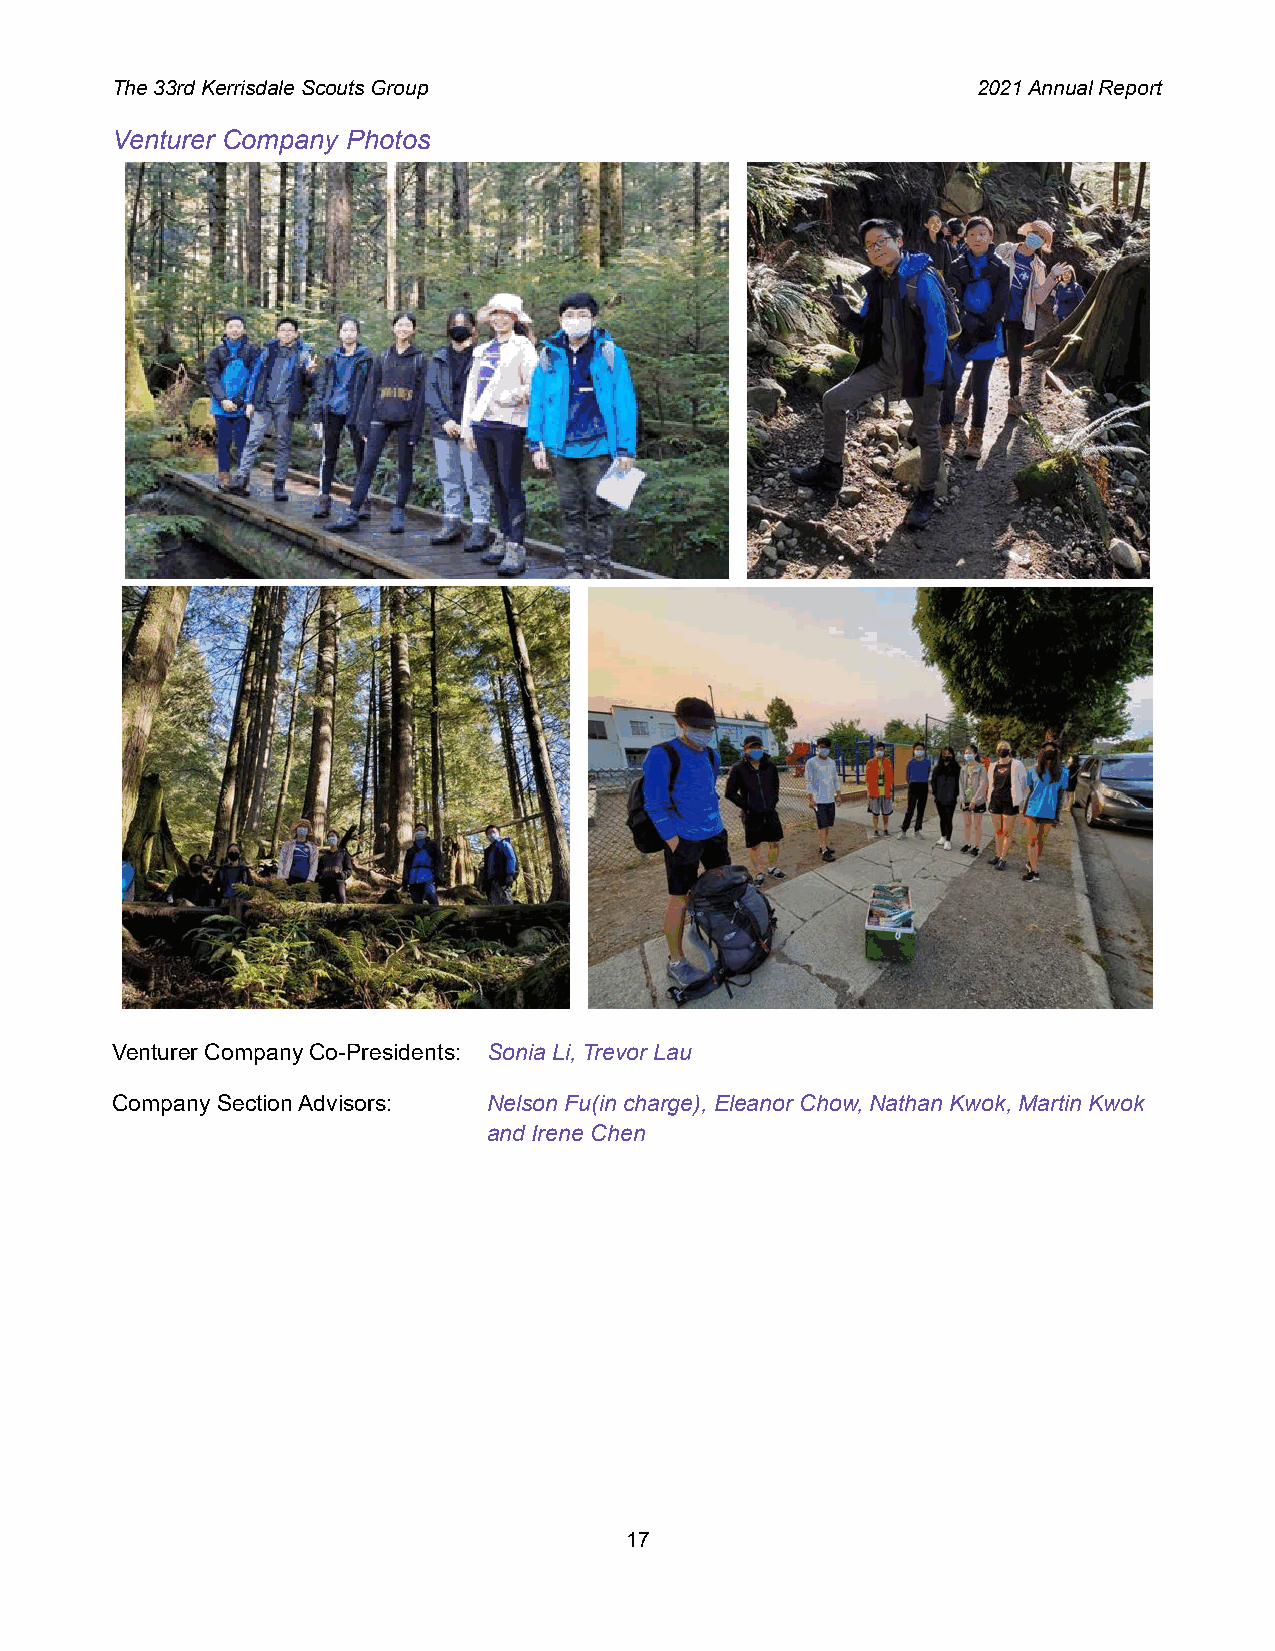
The 33rd Kerrisdale Scouts Group                          2021 Annual Report
 Venturer Company Photos
 Venturer Company Co-Presidents: Sonia Li, Trevor Lau
 Company Section Advisors: Nelson Fu(in charge), Eleanor Chow, Nathan Kwok, Martin Kwok
 and Irene Chen
 17